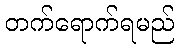
တက်ရောက်ရမည်